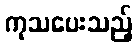
ကုသပေးသည့်